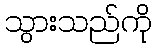
သွားသည်ကို